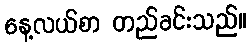
နေ့လယ်စာ တည်ခင်းသည်။